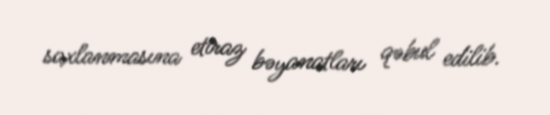
saxlanmasına etiraz bəyanatları qəbul edilib.